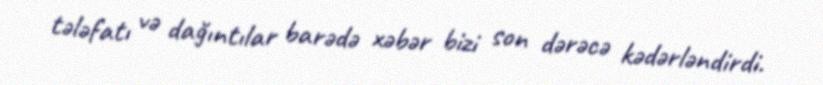
tələfatı və dağıntılar barədə xəbər bizi son dərəcə kədərləndirdi.